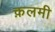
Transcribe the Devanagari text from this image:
क़लमी